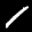
Label: 1